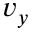
v _ { y }